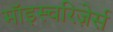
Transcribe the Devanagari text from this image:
मॉइस्चरिज़ेर्स